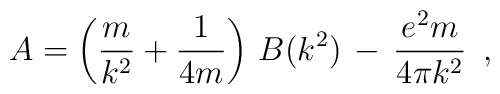
A =  \left(\frac{m}{k^2} + \frac{1}{4m} \right) \,B(k^2) \,- \,\frac{e^2 m}{4 \pi k^2}\,\,\,,\\